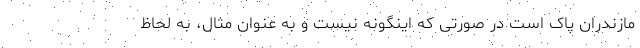
مازندران پاک است در صورتی که اینگونه نیست و به عنوان مثال، به لحاظ